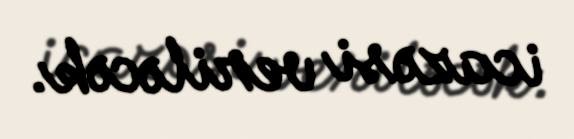
icazəsi veriləcək.